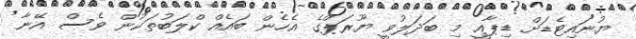
ޔުނައިޓެޑަށް ޑިޕާއީ މި ބަދަލުވީ ޔޫރަޕްގެ އެހެން ބައެއް ކްލަބުތަކުން ވެސް އޭނާ